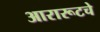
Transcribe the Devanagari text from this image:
आरारूटचे